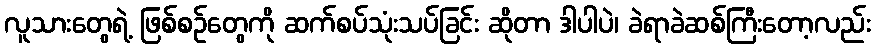
လူသားတွေရဲ့ ဖြစ်စဉ်တွေကို ဆက်စပ်သုံးသပ်ခြင်း ဆိုတာ ဒါပါပဲ၊ ခဲရာခဲဆစ်ကြီးတော့လည်း